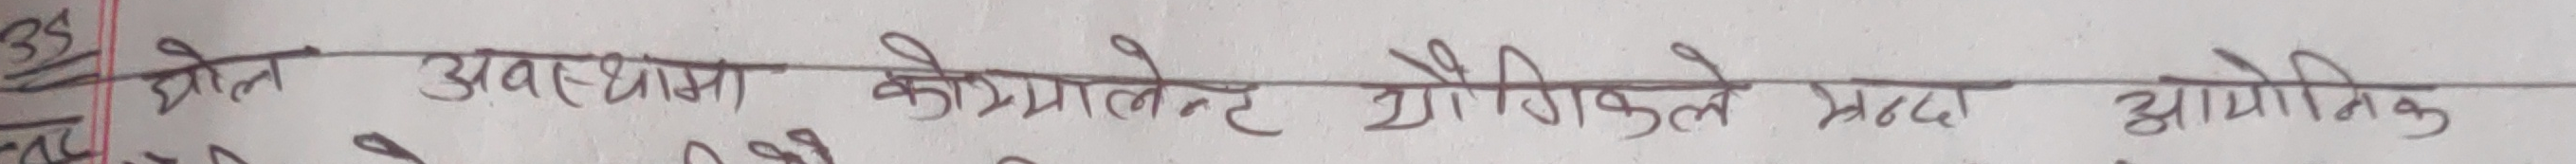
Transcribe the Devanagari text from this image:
एवं अवस्था कोप्रेलेंट यौगिकले मध्य आयोनिक